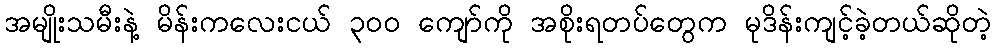
အမျိုးသမီးနဲ့ မိန်းကလေးငယ် ၃၀၀ ကျော်ကို အစိုးရတပ်တွေက မုဒိန်းကျင့်ခဲ့တယ်ဆိုတဲ့